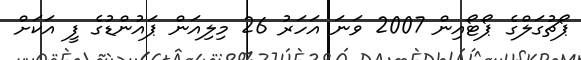
ޕޯޗުގަލްގެ ޕޯޓޯއިން 2007 ވަނަ އަހަރު 26 މިލިއަން ޕައުންޑުގެ ފީ އަކަށް